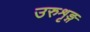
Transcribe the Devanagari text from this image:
उरुशृङ्ग